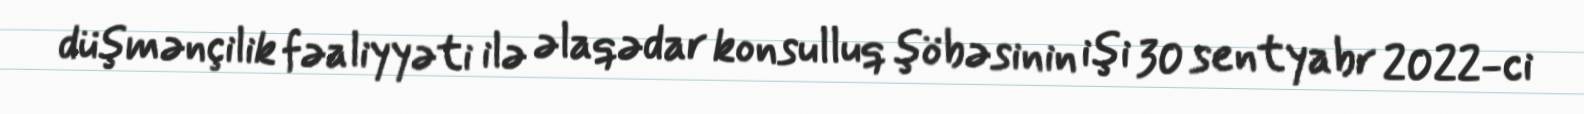
düşmənçilik fəaliyyəti ilə əlaqədar konsulluq şöbəsinin işi 30 sentyabr 2022-ci